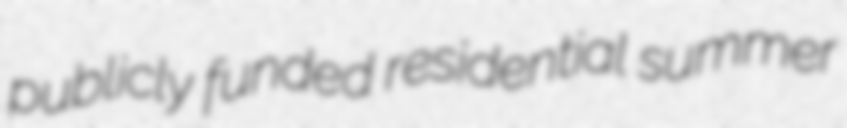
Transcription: publicly funded residential summer